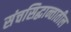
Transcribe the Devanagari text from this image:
संचसिद्धान्तातील